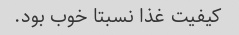
کیفیت غذا نسبتا خوب بود.